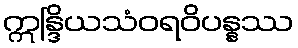
ဣန္ဒြိယသံဝရဝိပန္နဿ